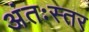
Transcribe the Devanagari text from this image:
अंतःस्तर